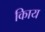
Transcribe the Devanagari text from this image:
किाय